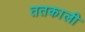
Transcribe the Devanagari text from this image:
ततकाली